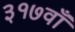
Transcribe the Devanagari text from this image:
३१७वाँ